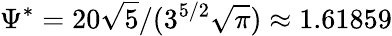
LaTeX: \Psi^{*}=20\sqrt{5}/(3^{5/2}\sqrt{\pi})\approx 1.61859